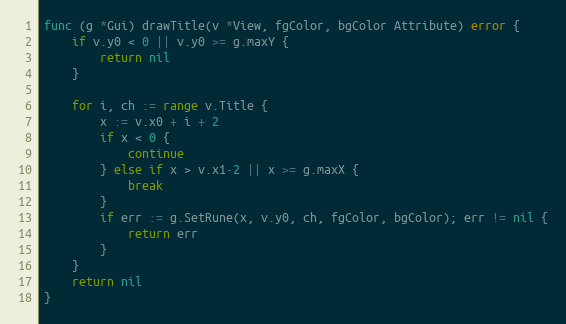
Language: Go
func (g *Gui) drawTitle(v *View, fgColor, bgColor Attribute) error {
	if v.y0 < 0 || v.y0 >= g.maxY {
		return nil
	}

	for i, ch := range v.Title {
		x := v.x0 + i + 2
		if x < 0 {
			continue
		} else if x > v.x1-2 || x >= g.maxX {
			break
		}
		if err := g.SetRune(x, v.y0, ch, fgColor, bgColor); err != nil {
			return err
		}
	}
	return nil
}